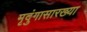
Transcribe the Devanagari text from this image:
मृदुंगासारख्या